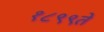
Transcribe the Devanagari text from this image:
१८९९ते